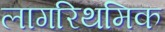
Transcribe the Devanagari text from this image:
लागरिथमिक